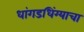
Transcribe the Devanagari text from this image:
धांगडधिंग्याचा